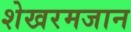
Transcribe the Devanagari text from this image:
शेखरमजान